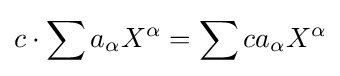
c\cdot \sum a_{\alpha }X^{\alpha }=\sum ca_{\alpha }X^{\alpha }